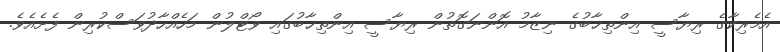
އެމެރިކާގެ ރިޔާސީ އިންތިޚާބުގެ ނިޒާމު އޮންނަގޮތުން ރިޔާސީ އިންތިޚާބުގައި ވޯޓްލުން މަހެއްހާދުވަސްކުރިން ފެށެއެވެ.